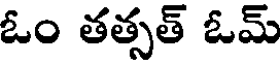
ఓం తత్సత్ ఓమ్